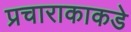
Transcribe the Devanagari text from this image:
प्रचाराकाकडे